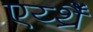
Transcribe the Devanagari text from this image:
एर्य्थ्रैँ